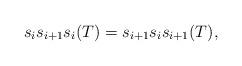
LaTeX: \begin{align*} s_i s_{i+1} s_i(T) = s_{i+1} s_i s_{i+1}(T), \end{align*}